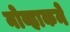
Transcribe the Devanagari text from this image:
नोव्हाकने